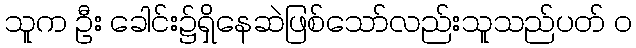
သူက ဦး ခေါင်း၌ရှိနေဆဲဖြစ်သော်လည်းသူသည်ပတ် ၀